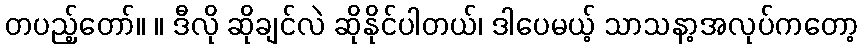
တပည့်တော်။ ။ ဒီလို ဆိုချင်လဲ ဆိုနိုင်ပါတယ်၊ ဒါပေမယ့် သာသနာ့အလုပ်ကတော့